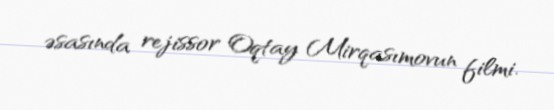
əsasında rejissor Oqtay Mirqasımovun filmi.